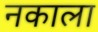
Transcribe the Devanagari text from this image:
नकाला